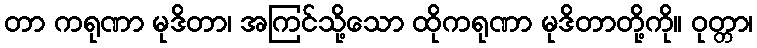
တာ ကရုဏာ မုဒိတာ၊ အကြင်သို့သော ထိုကရုဏာ မုဒိတာတို့ကို။ ဝုတ္တာ၊